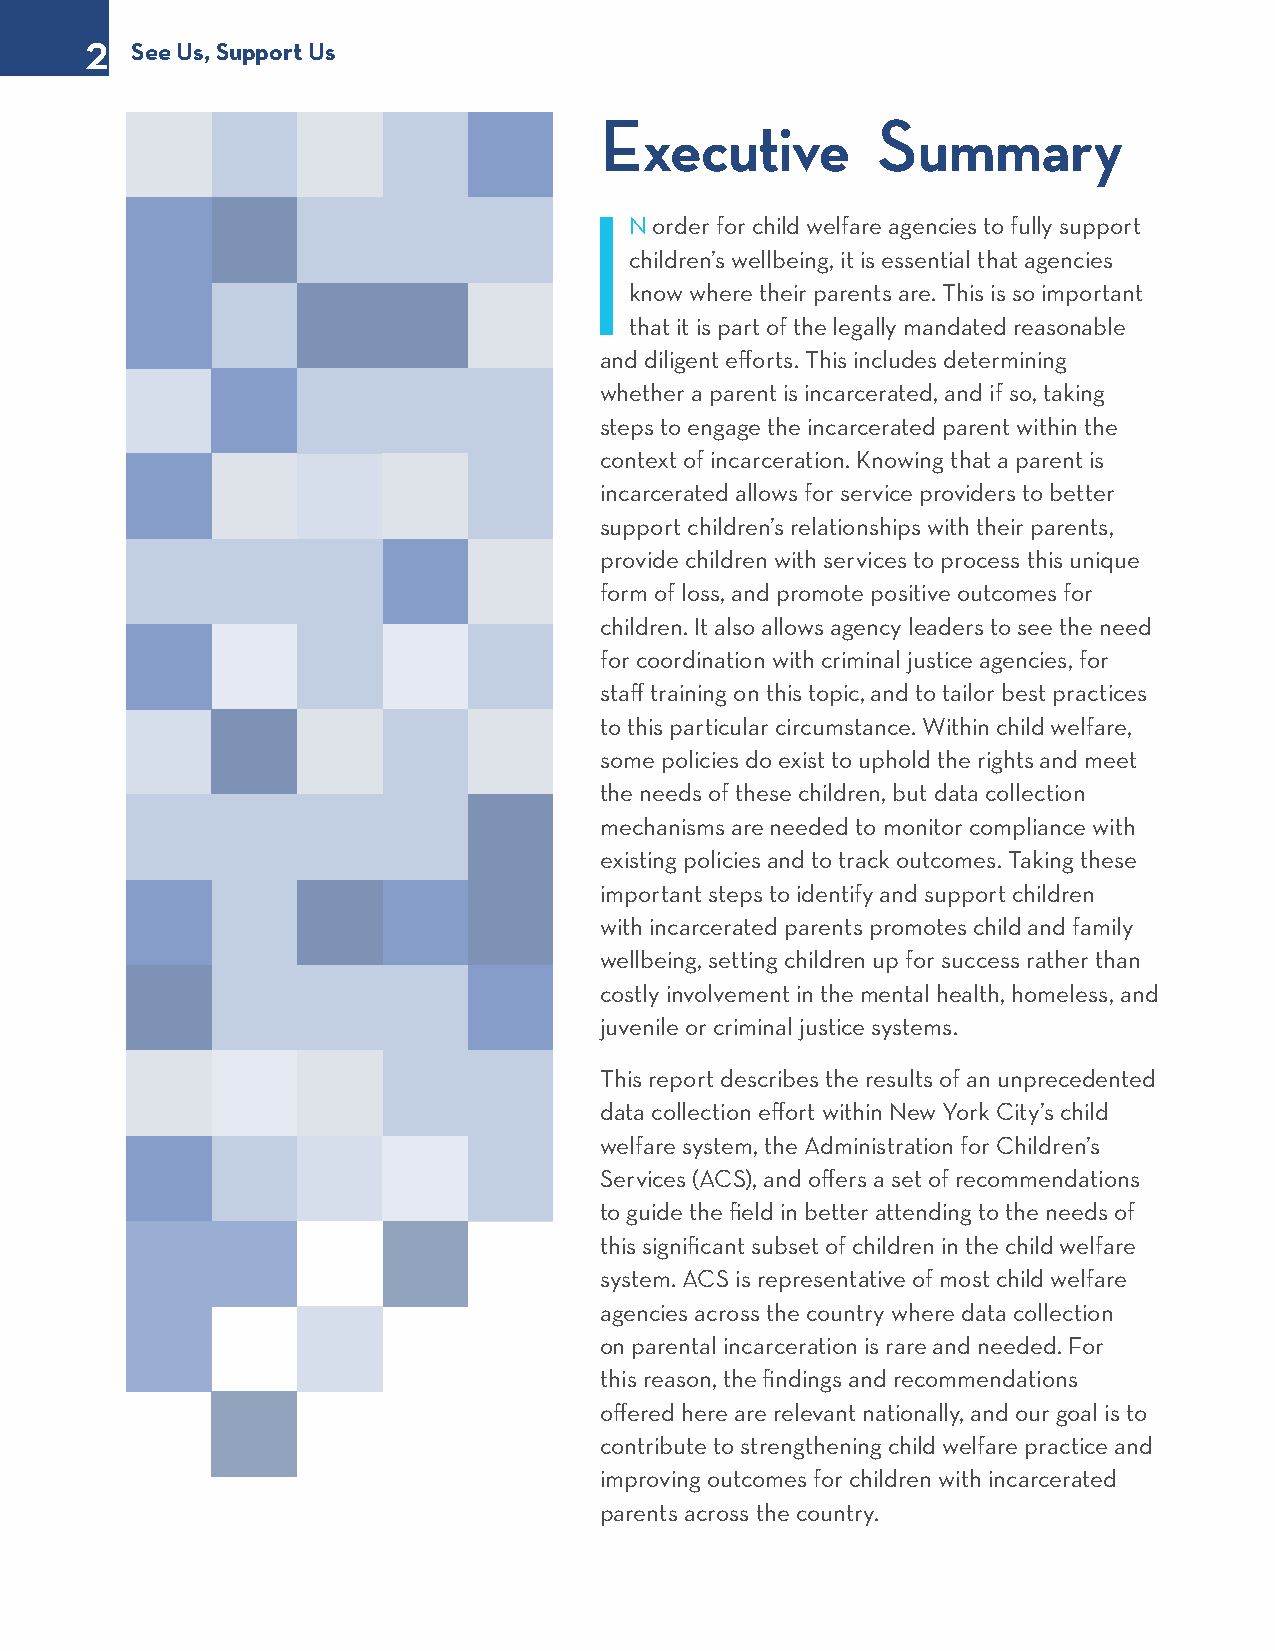
2
 See Us, Support Us
 Executive         Summary
 I
 N order for child welfare agencies to fully support
 children’s wellbeing, it is essential that agencies
 know where their parents are. This is so important
 that it is part of the legally mandated reasonable
 and diligent efforts. This includes determining
 whether a parent is incarcerated, and if so, taking
 steps to engage the incarcerated parent within the
 context of incarceration. Knowing that a parent is
 incarcerated allows for service providers to better
 support children’s relationships with their parents,
 provide children with services to process this unique
 form of loss, and promote positive outcomes for
 children. It also allows agency leaders to see the need
 for coordination with criminal justice agencies, for
 staff training on this topic, and to tailor best practices
 to this particular circumstance. Within child welfare,
 some policies do exist to uphold the rights and meet
 the needs of these children, but data collection
 mechanisms are needed to monitor compliance with
 existing policies and to track outcomes. Taking these
 important steps to identify and support children
 with incarcerated parents promotes child and family
 wellbeing, setting children up for success rather than
 costly involvement in the mental health, homeless, and
 juvenile or criminal justice systems.
 This report describes the results of an unprecedented
 data collection effort within New York City’s child
 welfare system, the Administration for Children’s
 Services (ACS), and offers a set of recommendations
 to guide the field in better attending to the needs of
 this significant subset of children in the child welfare
 system. ACS is representative of most child welfare
 agencies across the country where data collection
 on parental incarceration is rare and needed. For
 this reason, the findings and recommendations
 offered here are relevant nationally, and our goal is to
 contribute to strengthening child welfare practice and
 improving outcomes for children with incarcerated
 parents across the country.